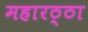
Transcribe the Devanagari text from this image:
महारठ्ठा